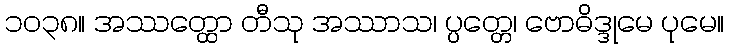
၁၀၃၈။ အဿတ္ထော တီသု အဿာသ၊ ပ္ပတ္တေ၊ ဗောဓိဒ္ဒုမေ ပုမေ။